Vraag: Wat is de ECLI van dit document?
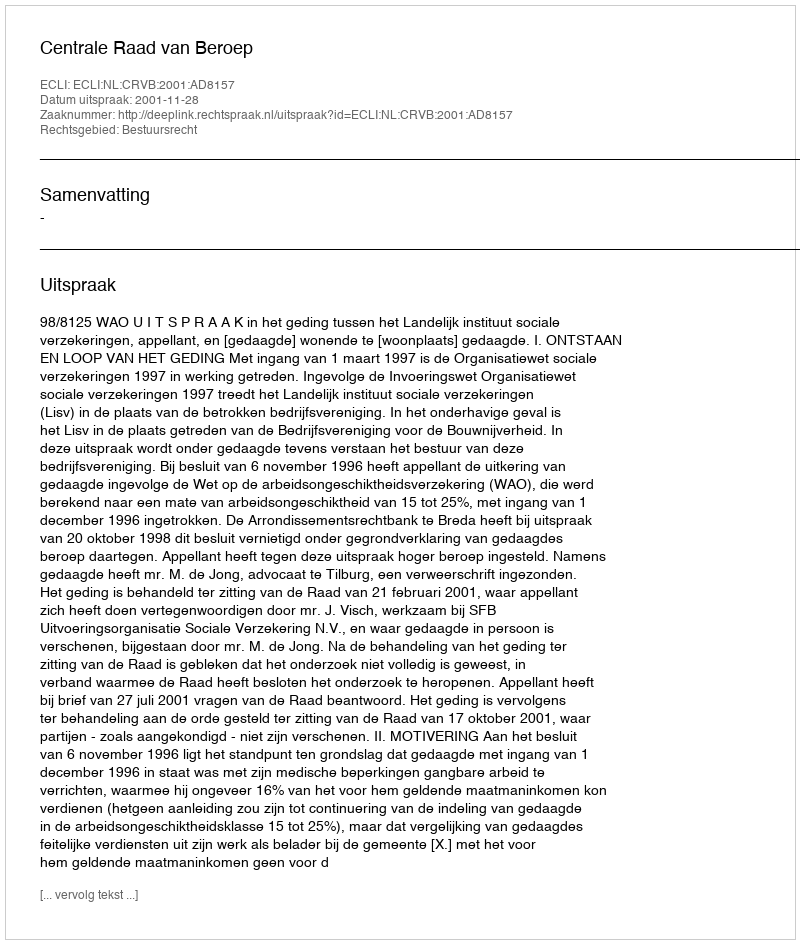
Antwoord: ECLI:NL:CRVB:2001:AD8157